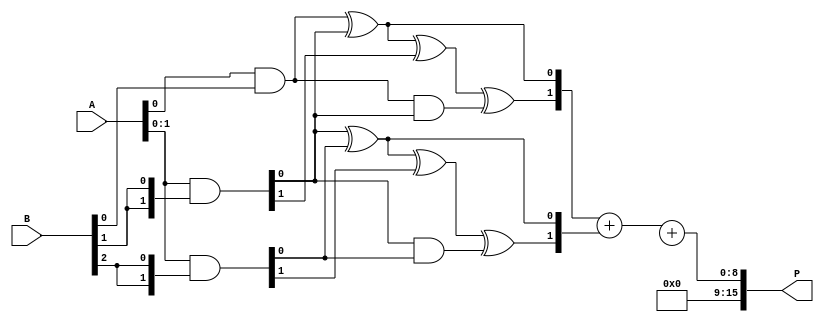
module unfolded_wallace_tree_multiplier #(
    parameter N = 8  // Bit-width of operands
) (
    input  wire [N-1:0] A,  // First operand
    input  wire [N-1:0] B,  // Second operand
    output wire [2*N-1:0] P // Product output
);

// Internal signals for partial products
wire [N-1:0] pp [0:N-1]; // Partial products
genvar i, j;

// Generate Partial Products
generate
    for (i = 0; i < N; i = i + 1) begin : gen_pp
        assign pp[i] = A & {N{B[i]}}; // AND operation to generate partial products
    end
endgenerate

// Reduction tree logic
wire [N:0] sum [0:N-1]; // Sums for adders
wire [N:0] carry [0:N-1]; // Carries for adders

// Half Adder
generate
    for (i = 0; i < N-1; i = i + 1) begin : half_adder
        assign sum[i][0] = pp[i][0] ^ pp[i+1][0];
        assign carry[i][0] = pp[i][0] & pp[i+1][0];
    end
endgenerate

// Full Adder
generate
    for (i = 0; i < N-1; i = i + 1) begin : full_adder
        assign sum[i][1] = sum[i][0] ^ pp[i+1][1] ^ carry[i][0];
        assign carry[i][1] = (sum[i][0] & pp[i+1][1]) | (carry[i][0] & pp[i+1][1]) | (carry[i][0] & sum[i][0]);
    end
endgenerate

// Continue the reduction process until only two rows are left
wire [N:0] final_sum;
wire [N:0] final_carry;

// Final addition of the last two rows
assign final_sum = sum[0] + sum[1] + final_carry; // Final result from previous stages
assign P = final_sum; // Output product

endmodule